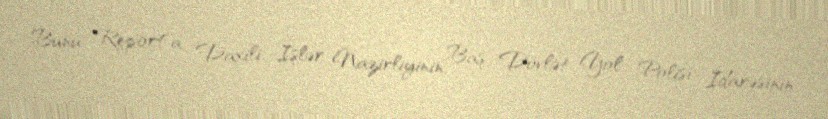
Bunu "Report"a Daxili İşlər Nazirliyinin Baş Dövlət Yol Polisi İdarəsinin